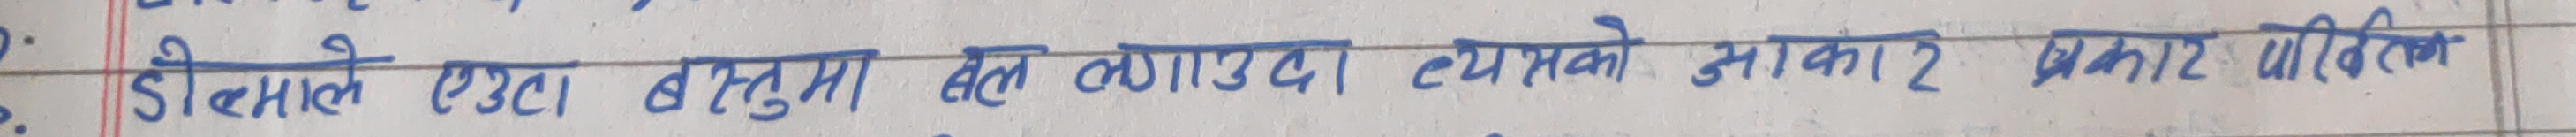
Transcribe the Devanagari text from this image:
डी सिलाले एउटा वस्तुमा बल लगाउदा, त्यसको अकार प्रकार परिवि